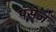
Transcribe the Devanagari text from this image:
पॅसेज